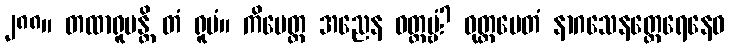
၂၈၈။ တထာရူပန္တိ တံ ရူပံ။ ကိမေတ္ထ အညေန ဝတ္တဗ္ဗံ? ဝုတ္တမေတံ နာဂသေနတ္ထေရေနေဝ